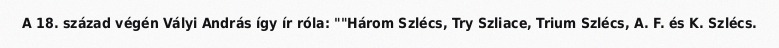
A 18. század végén Vályi András így ír róla: ""Három Szlécs, Try Szliace, Trium Szlécs, A. F. és K. Szlécs.